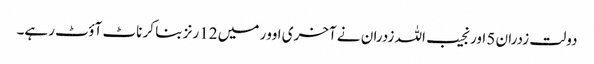
دولت زدران 5 اور نجیب اللہ زدران نے آخری اوور میں 12 رنز بنا کر ناٹ آؤٹ رہے۔